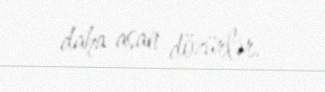
daha asan dözürlər.